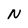
Character: N